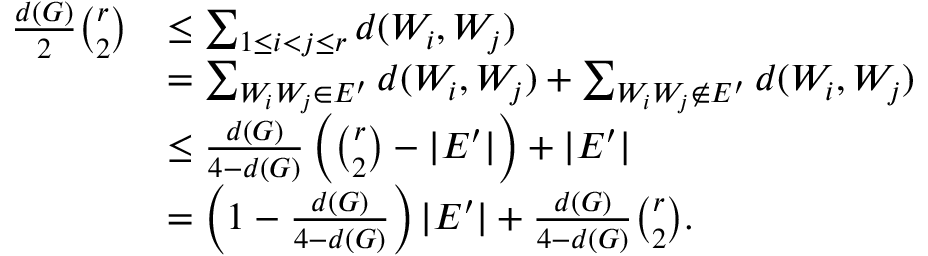
\begin{array} { r l } { \frac { d ( G ) } { 2 } \binom { r } { 2 } } & { \le \sum _ { 1 \le i < j \le r } d ( W _ { i } , W _ { j } ) } \\ & { = \sum _ { W _ { i } W _ { j } \in E ^ { \prime } } d ( W _ { i } , W _ { j } ) + \sum _ { W _ { i } W _ { j } \notin E ^ { \prime } } d ( W _ { i } , W _ { j } ) } \\ & { \le \frac { d ( G ) } { 4 - d ( G ) } \left( \binom { r } { 2 } - | E ^ { \prime } | \right) + | E ^ { \prime } | } \\ & { = \left( 1 - \frac { d ( G ) } { 4 - d ( G ) } \right) | E ^ { \prime } | + \frac { d ( G ) } { 4 - d ( G ) } \binom { r } { 2 } . } \end{array}